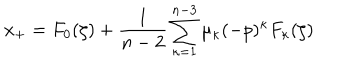
LaTeX: x _ { + } = F _ { 0 } ( \zeta ) + \frac { 1 } { n - 2 } \sum _ { \kappa = 1 } ^ { n - 3 } \mu _ { \kappa } ( - p ) ^ { \kappa } F _ { \kappa } ( \zeta )